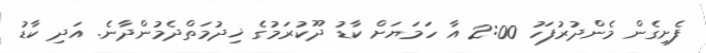
ފެށިގެން މެންދުރުފަހު 2:00 އާ ހަމަޔަށް ކާޑު ދޫކުރަމުގެ ޚިދުމަތްދެމުންދާނެ. އަދި ކާޑު